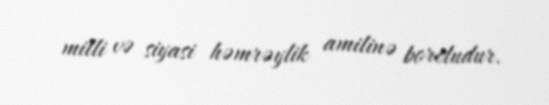
milli və siyasi həmrəylik amilinə borcludur.